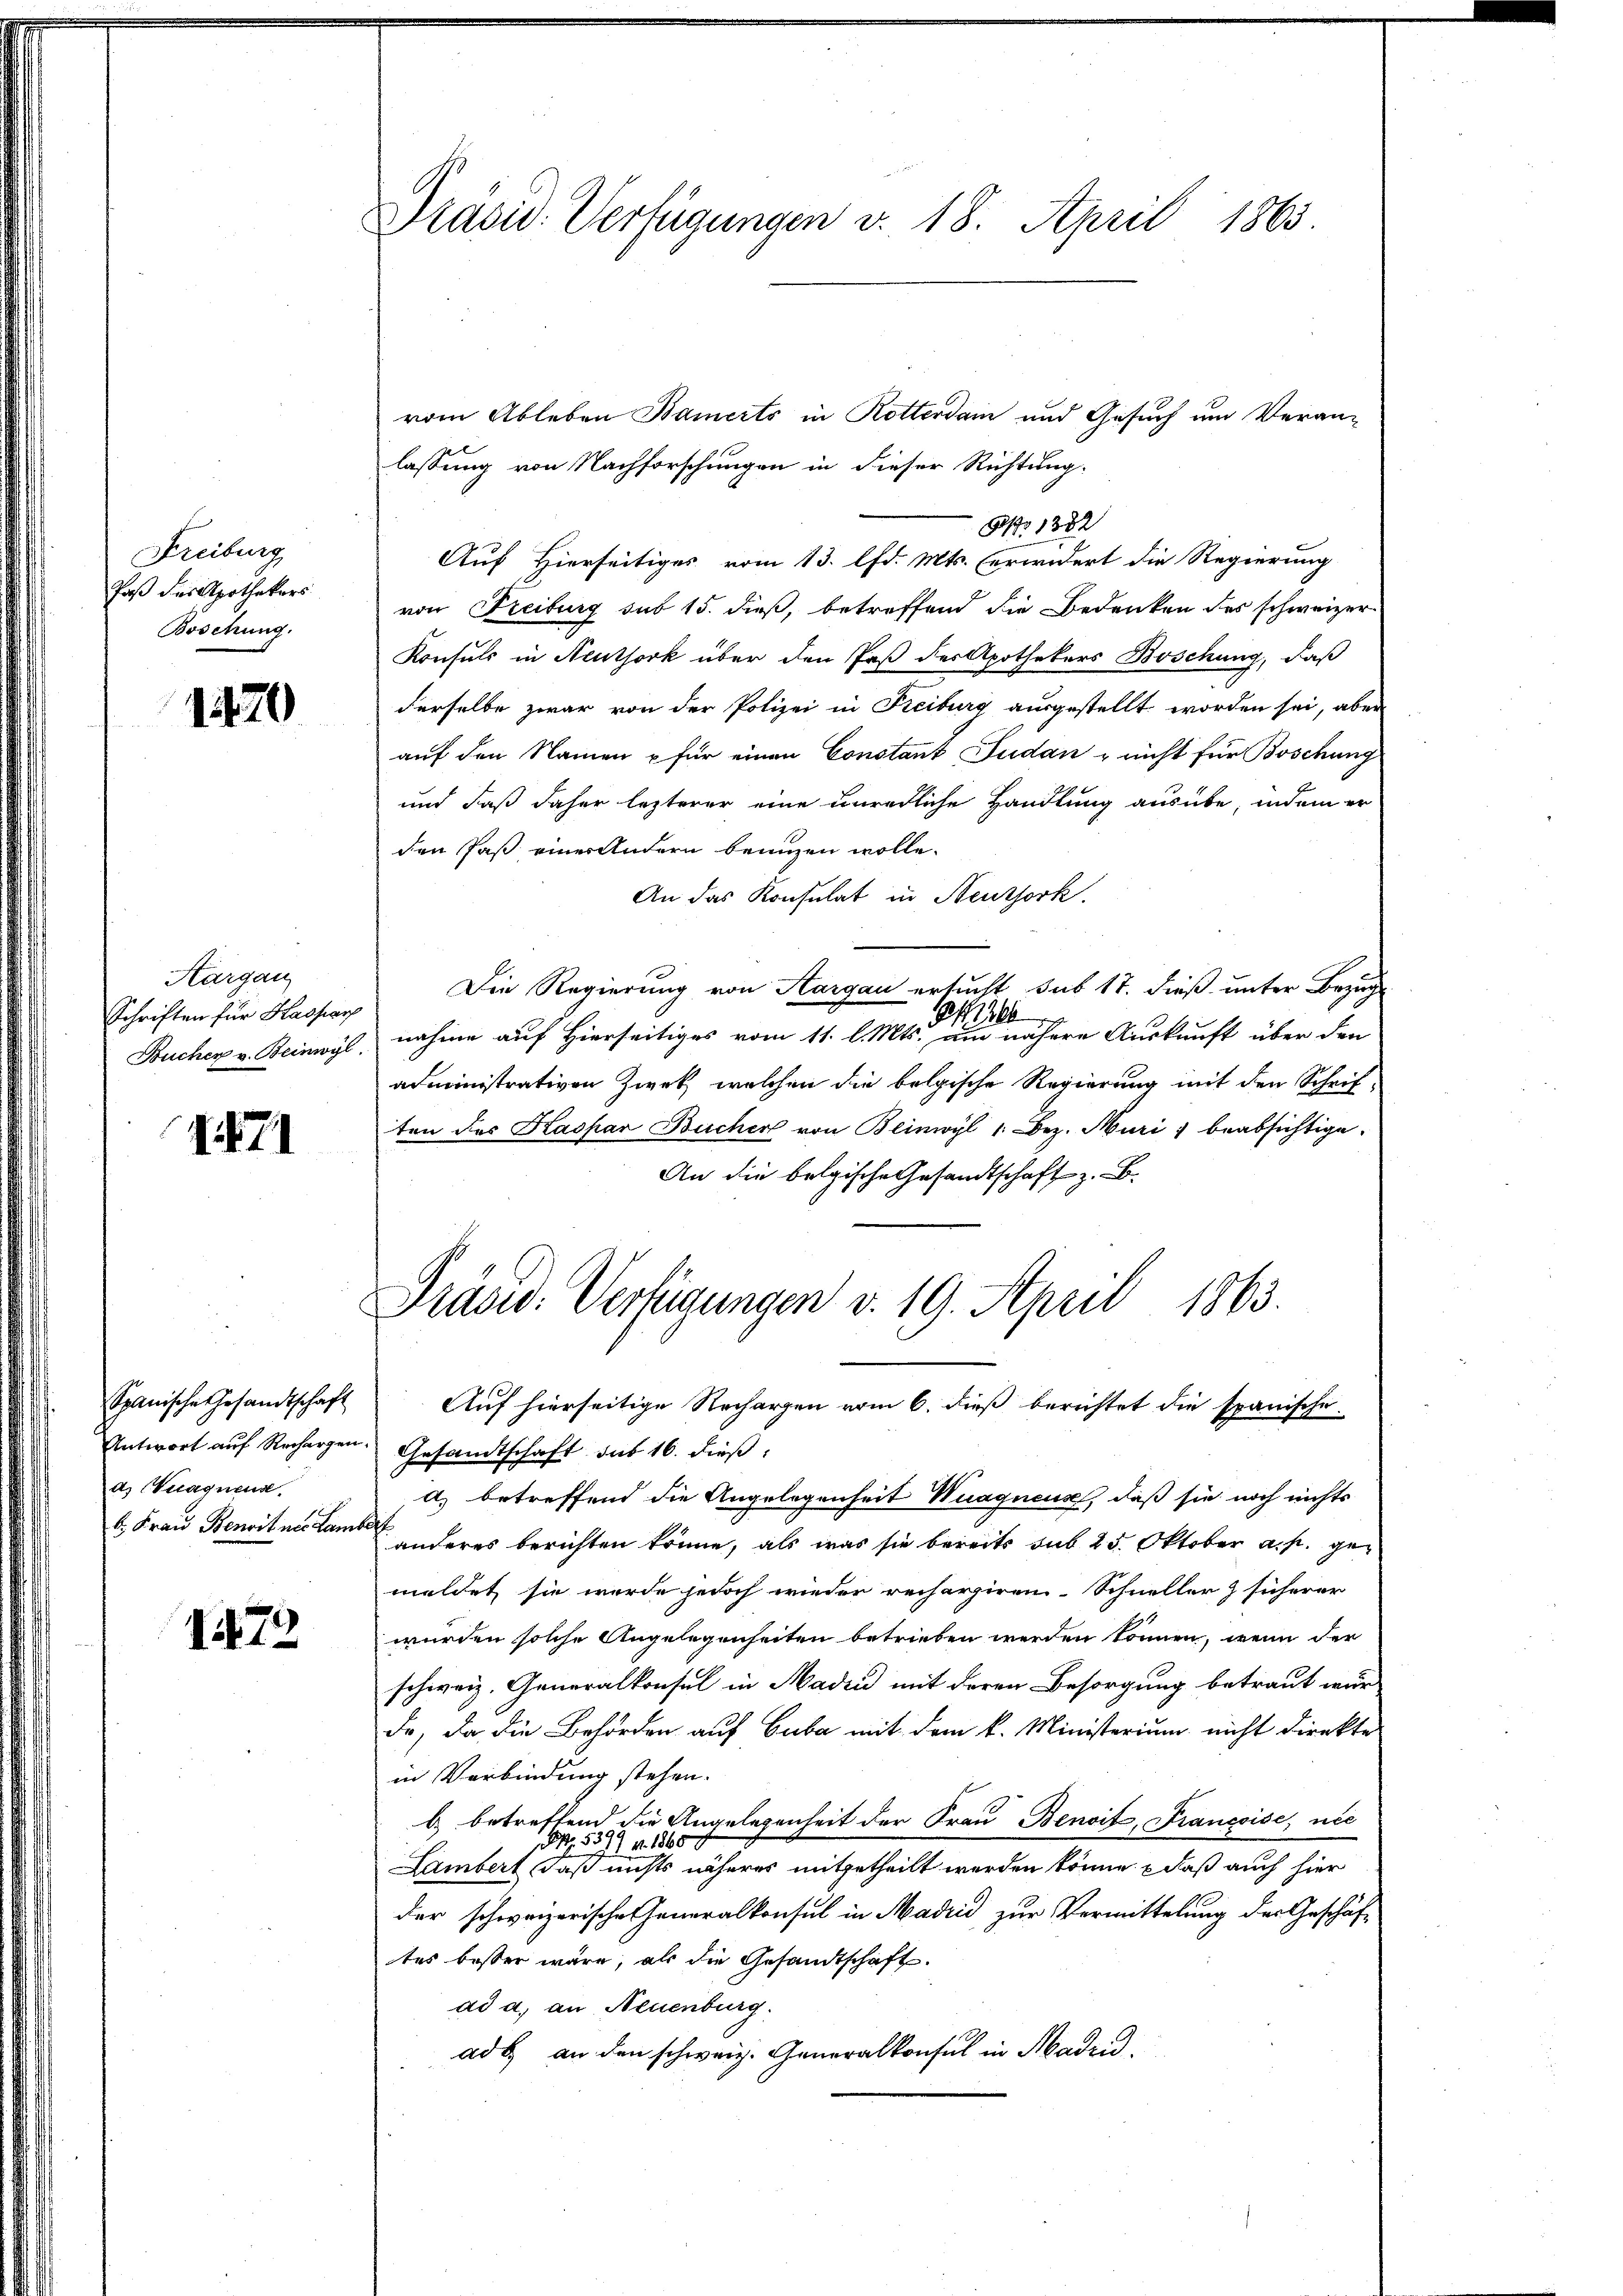
Freiburg
Paß des Apothekars
Boschung.

1470

Kargau
Schriften für Kaspar
Bucher v. Beinwyl

1871

Spanische Gesandtschaft
Antwort auf Rechargen.
d. Kuagnend.
b. Frau Benoit nie Lambe

72

Präsid. Verfügungen v. 18. April 1863

vom Ableben Baierts in Rotterain und Gesuch um Veranlassung von Nachforschungen in dieser Richtung.
NNo 1382
Auf Hierseitiges vom 13. lfd. Mts. erwidert die Regierung
von Freiburg sub 15. dieß, betreffend die Bedenken des schweizer
Konsuls in Neuthork über den Paß des Apothekers Boschung, daß
derselbe zwar von der Polizei in Freiburg ausgestellt worden sei, aber
auf den Namen u für einen Constant Fudan - nicht für Boschung
und daß daher lezterer eine unredliche Handlung ausübe, indem er
den Paß einer Andern benuzen wolle.
An das Konsulat in Neuthork
Die Regierung von Aargau ersucht sub 17. dieß unter Bezug
200
nahme auf Hierseitiges vom 11. l. Mts. am nähere Auskunft über den
administrativen Zwek, welchen die belgische Regierung mit den Schriften des Kaspar Bücher von Beinwyl 1. Bez. Muri, beabsichtige.
An die belgische Gesandtschaft z. B.
Präsid. Verfügungen v. 19. April 1863.
Auf hierseitige Recharzen vom 6. dieß berichtet die spanische
Gesandtschaft sub 16. dieß:
a) betreffend die Angelegenheit Wuagncus, daß sie noch nichts
2
anderes berichten könne, als was sie bereits sub 25. Oktober a. p. gemeldet sie werde jedoch wieder recherziren. Schneller & sicherer
wurden solche Angelegenheiten betrieben werden können, wenn der
schweiz. Generalkonsel in Madin mit deren Besorgung betraut wur
dr, da die Behörden auf Cuba mit dem k. Ministerium nicht direkte
in Verbindung stehen.
b) betreffend die Engelegenheit der Frau Benoit, Franzoise, ni
Lambert, daß nichts näheres mitgetheilt werden könne, daß auch hier
der schweizerische Generalkonsul in Madrid zur Vermittelung des Geschäf-
tes besser wäre, als die Gesandtschaft
ad a. an Neuenburg.
ad b. an den schweiz. Generalkonsul in Madrid,